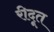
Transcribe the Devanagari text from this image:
रीदूत